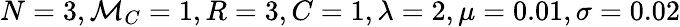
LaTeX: N=3,\mathcal{M}_{C}=1,R=3,C=1,\lambda=2,\mu=0.01,\sigma=0.02